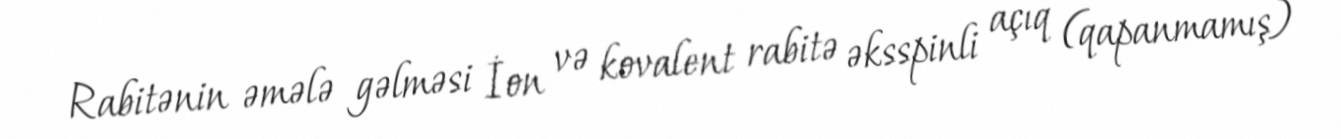
Rabitənin əmələ gəlməsi İon və kovalent rabitə əksspinli açıq (qapanmamış)